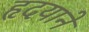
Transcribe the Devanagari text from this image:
हृदयाने